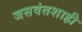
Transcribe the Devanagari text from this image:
जसवंतशाही